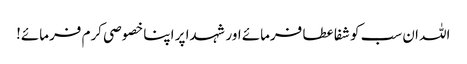
اللہ ان سب کو شفا عطا فرمائے اور شہدا پر اپنا خصوصی کرم فرمائے!